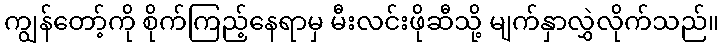
ကျွန်တော့်ကို စိုက်ကြည့်နေရာမှ မီးလင်းဖိုဆီသို့ မျက်နှာလွှဲလိုက်သည်။